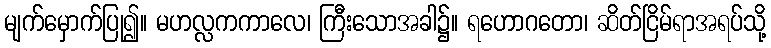
မျက်မှောက်ပြု၍။ မဟလ္လကကာလေ၊ ကြီးသောအခါ၌။ ရဟောဂတော၊ ဆိတ်ငြိမ်ရာအရပ်သို့